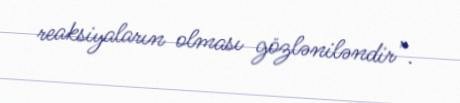
reaksiyaların olması gözləniləndir”.